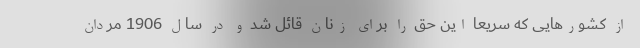
از کشورهایی که سریعا این حق را برای زنان قائل شد و در سال 1906 مردان